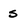
Character: s